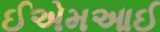
ઈએમઆઈ